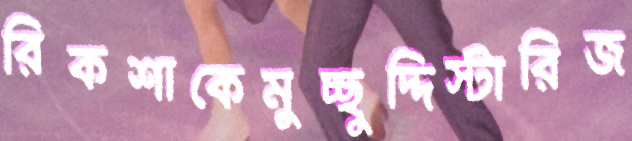
রিকশাকেমুচ্ছুদ্দিস্টারিজ